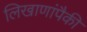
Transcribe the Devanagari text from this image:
लिखाणांपैकी